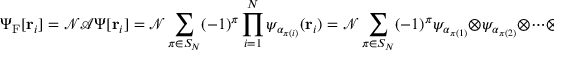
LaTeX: \Psi _ { \mathrm { { F } } } [ \mathbf { r } _ { i } ] = { \mathcal { N } } { \mathcal { A } } \Psi [ \mathbf { r } _ { i } ] = { \mathcal { N } } \sum _ { \pi \in S _ { N } } ( - 1 ) ^ { \pi } \prod _ { i = 1 } ^ { N } \psi _ { \alpha _ { \pi ( i ) } } ( \mathbf { r } _ { i } ) = { \mathcal { N } } \sum _ { \pi \in S _ { N } } ( - 1 ) ^ { \pi } \psi _ { \alpha _ { \pi ( 1 ) } } \otimes \psi _ { \alpha _ { \pi ( 2 ) } } \otimes \cdots \otimes \psi _ { \alpha _ { \pi ( N ) } } .